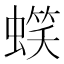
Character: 𧏣